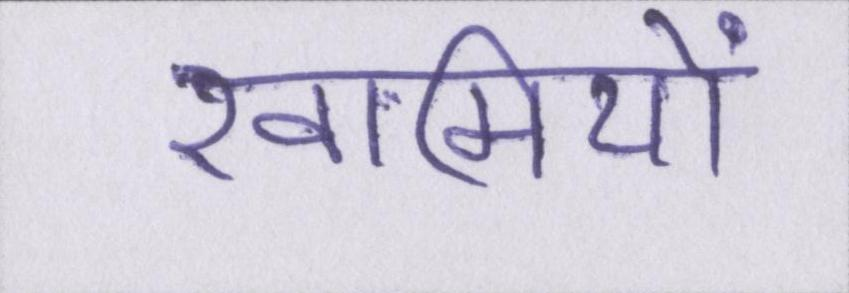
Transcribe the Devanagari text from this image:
खामियों